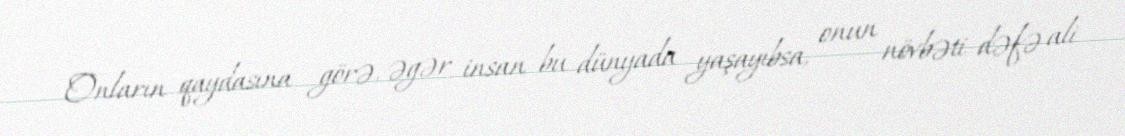
Onların qaydasına görə, əgər insan bu dünyada yaşayıbsa, onun növbəti dəfə ali